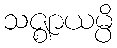
သဇ္ဈာယမ္ပိ